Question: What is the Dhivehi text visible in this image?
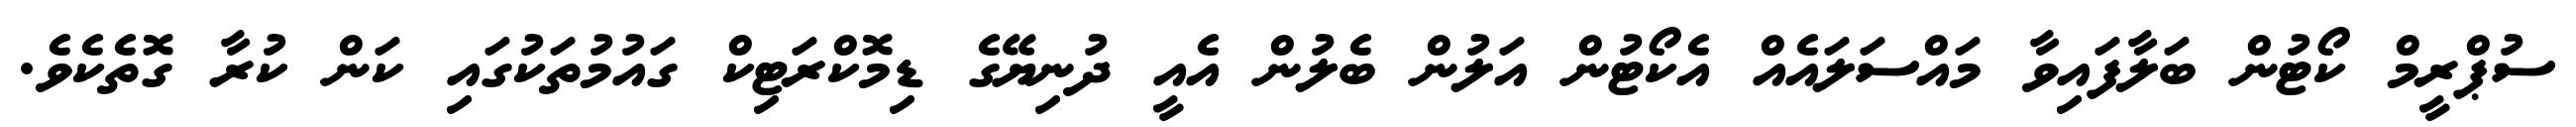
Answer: ސުޕްރީމް ކޯޓުން ބަލާފައިވާ މައްސަލައެއް އެކޯޓުން އަލުން ބެލުން އެއީ ދުނިޔޭގެ ޑިމޮކްރަޓިކް ގައުމުތަކުގައި ކަން ކުރާ ގޮތެކެވެ.